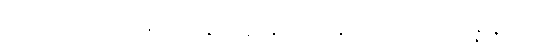
ငါ့ရှင်။ တေ၊ သင်၏။ ဣန္ဒြိယာနိခေါ၊ ဣန္ဒြေတို့သည်။ ဝိပ္ပသန္နာနိခေါ၊